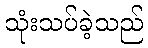
သုံးသပ်ခဲ့သည်